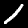
Label: 1